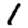
Digit: 1